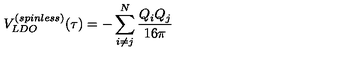
V _ { L D O } ^ { ( s p i n l e s s ) } ( \tau ) = - \sum _ { i \neq j } ^ { N } { \frac { Q _ { i } Q _ { j } } { 1 6 \pi } }